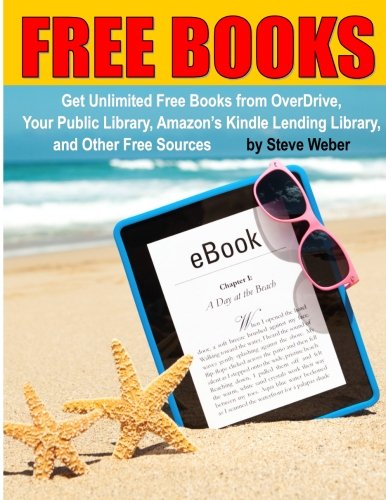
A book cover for Free Books: Get Unlimited Free Kindle Books From OverDrive, Your Public Library, Amazon's Kindle Lending Library, and Other Free Sources; Steve Weber; Computers & Technology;